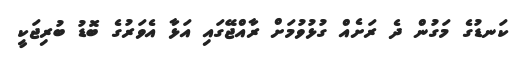
ކަނޑުގެ މަގުން ދެ ރަށެއް ގުޅުވުމަށް ރާއްޖޭގައި އަޅާ އެވަރުގެ ބޮޑު ބުރިޖަކީ